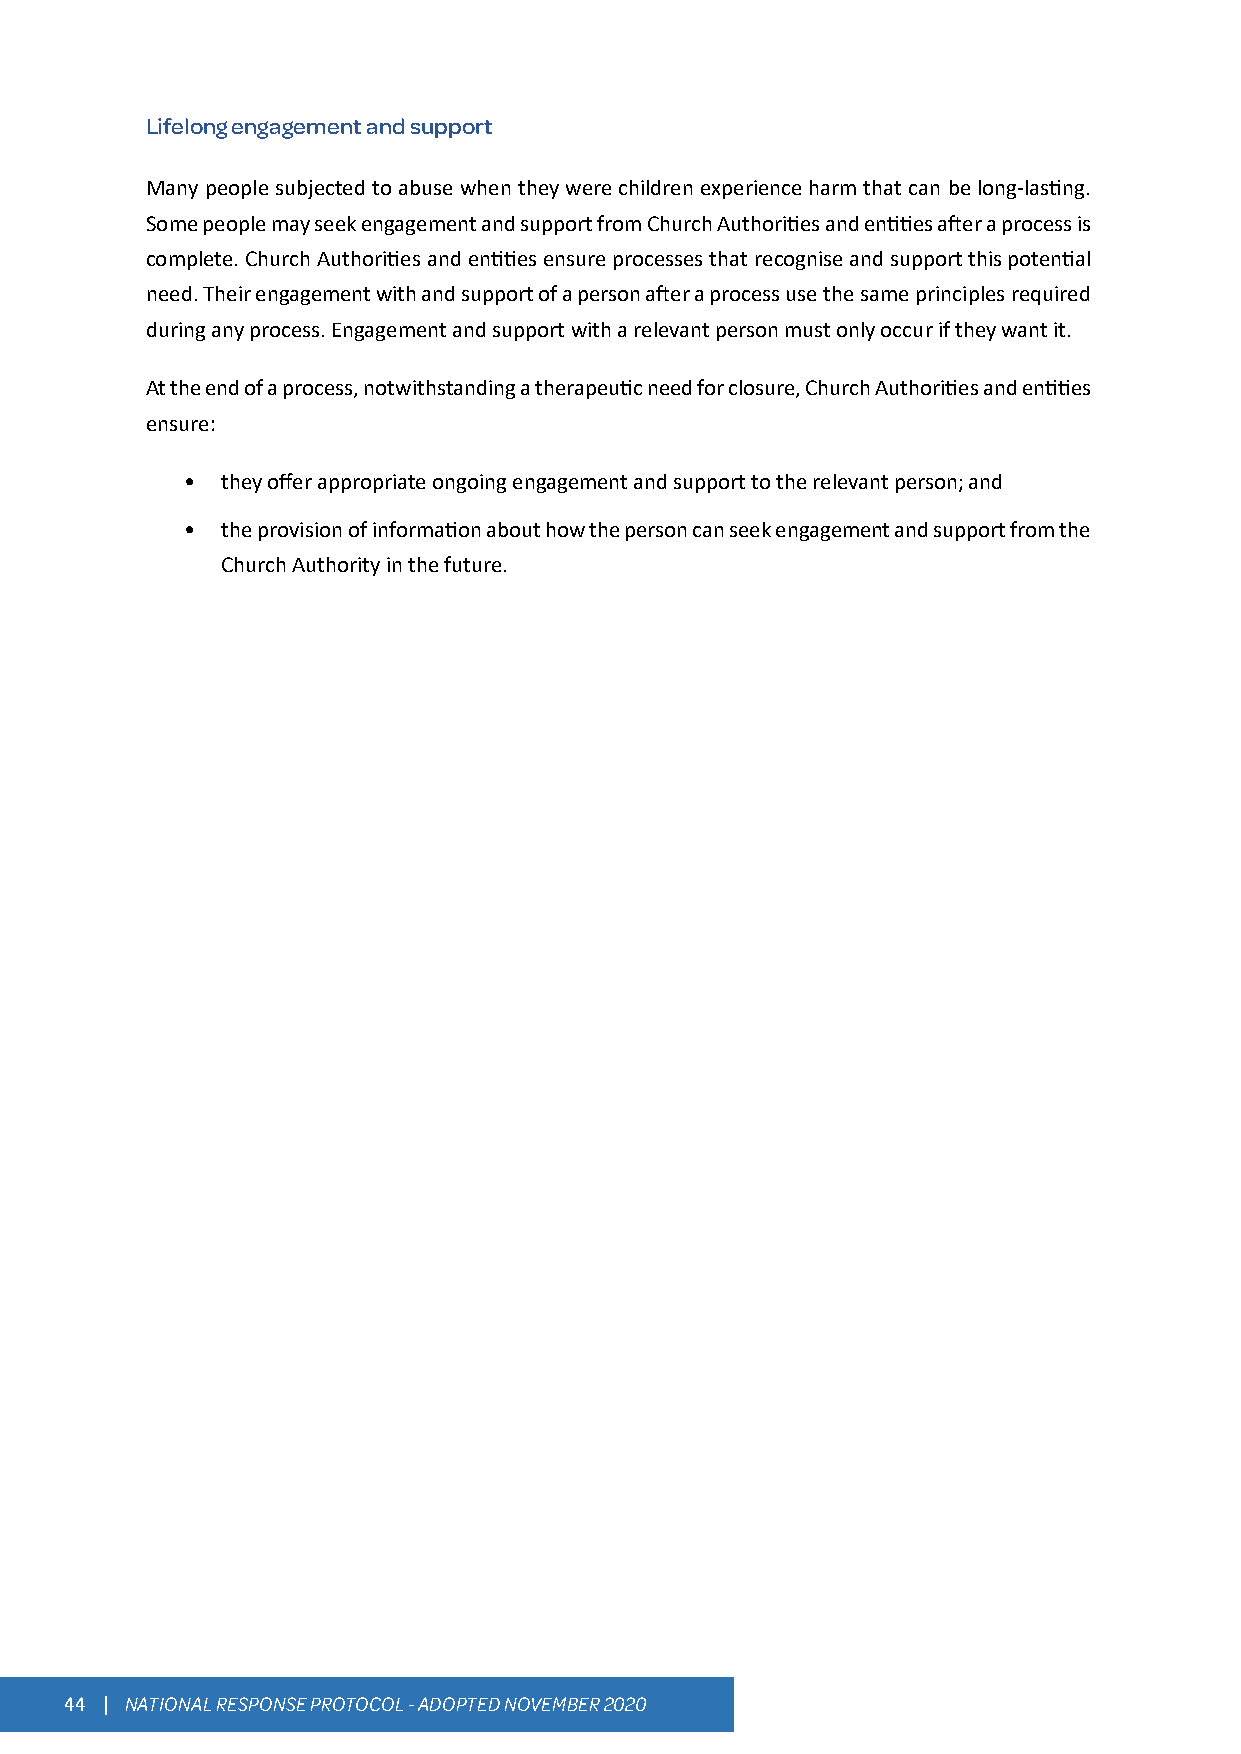
Lifelong engagement and support
 Many people subjected to abuse when they were children experience harm that can be long-lasting.
 Some people may seek engagement and support from Church Authorities and entities after a process is
 complete. Church Authorities and entities ensure processes that recognise and support this potential
 need. Their engagement with and support of a person after a process use the same principles required
 during any process. Engagement and support with a relevant person must only occur if they want it.
 At the end of a process, notwithstanding a therapeutic need for closure, Church Authorities and entities
 ensure:
 •  they offer appropriate ongoing engagement and support to the relevant person; and
 •  the provision of information about how the person can seek engagement and support from the
 Church Authority in the future.
 44 | NATIONAL RESPONSE PROTOCOL - ADOPTED NOVEMBER 2020